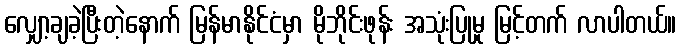
လျှော့ချခဲ့ပြီးတဲ့နောက် မြန်မာနိုင်ငံမှာ မိုဘိုင်းဖုန်း အသုံးပြုမှု မြင့်တက် လာပါတယ်။